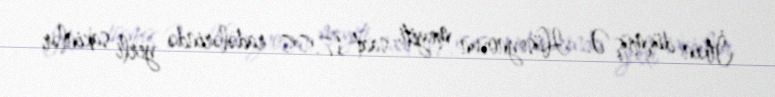
İtkin düşmüş Ə. Hüseynovun meyiti saat 17.00 radələrində yerli sakinlər